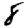
Digit: 8